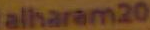
alharam20